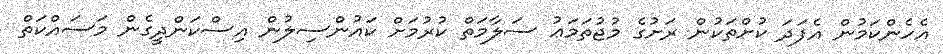
އެހެންކަމުން އެފަދަ ކުށްތަކުން ރަށުގެ މުޖުތަމަޢު ސަލާމަތް ކުރުމަށް ކައުންސިލުން އިސްކަންދީގެން މަސައްކަތް